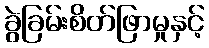
ခွဲခြမ်းစိတ်ဖြာမှုနှင့်